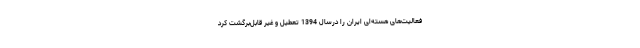
فعالیت‌های هسته‌ای ایران را درسال 1394 تعطیل و غیر قابل‌برگشت کرد